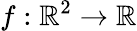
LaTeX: f:\mathbb{R}^{2}\rightarrow\mathbb{R}